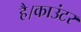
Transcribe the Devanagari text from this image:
है।काउंटर